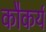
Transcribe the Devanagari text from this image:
कौकर्य